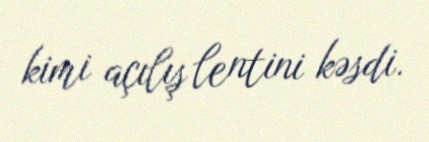
kimi açılış lentini kəsdi.